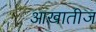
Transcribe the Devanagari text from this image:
आखातीज